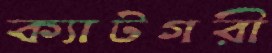
ক্যাটগরী